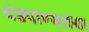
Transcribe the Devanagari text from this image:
थंडपाण्याच्या